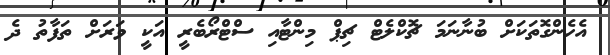
އެހެންގޮތަކަށް ބުނާނަމަ ޗޮކްލެޓް ޗިޕް މިންޓާއި ސްޓްރޯބެރީ އަކީ ވަރަށް ތަފާތު ދެ